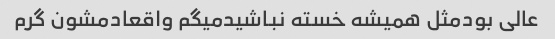
عالی بودمثل همیشه خسته نباشیدمیگم واقعادمشون گرم